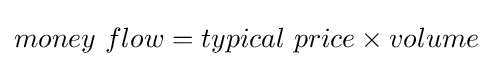
money\ flow=typical\ price\times volume